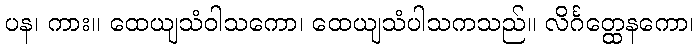
ပန၊ ကား။ ထေယျသံဝါသကော၊ ထေယျသံပါသကသည်။ လိင်္ဂတ္ထေနကော၊